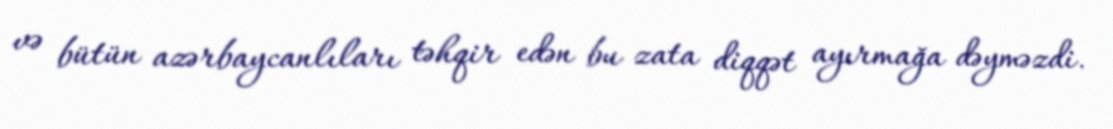
və bütün azərbaycanlıları təhqir edən bu zata diqqət ayırmağa dəyməzdi.